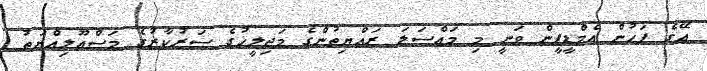
އޭގެ ފަހުން އެމްޑީޕީން ވަނީ މި މައްސަލަ ރައްޔިތުންގެ މަޖިލީހުގެ ސަރުކާރުގެ މަސްއޫލިއްޔަތު